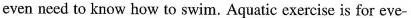
even need to know how to swim. Aquatic exercise is for eve-